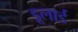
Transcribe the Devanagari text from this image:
डूलार्ड